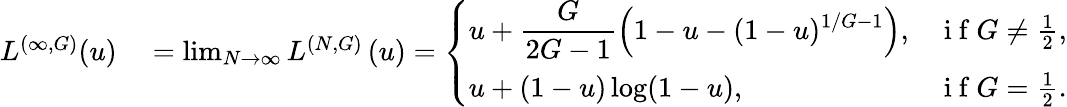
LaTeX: \begin{array}{rl}{L^{(\infty,G)}(u)}&{{}=\operatorname*{lim}_{N\to\infty}L^{(N,G)}\left(u\right)=\left\{ \begin{array}{ll}{\displaystyle u+\frac{G}{2G-1}\left(1-u-(1-u)^{1/G-1}\right),}&{\mathrm{~i~f~}G\neq\frac{1}{2},}\\ {\displaystyle u+(1-u)\log(1-u),}&{\mathrm{~i~f~}G=\frac{1}{2}.}\end{array}\right.}\end{array}